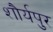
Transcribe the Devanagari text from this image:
शौर्यपुर